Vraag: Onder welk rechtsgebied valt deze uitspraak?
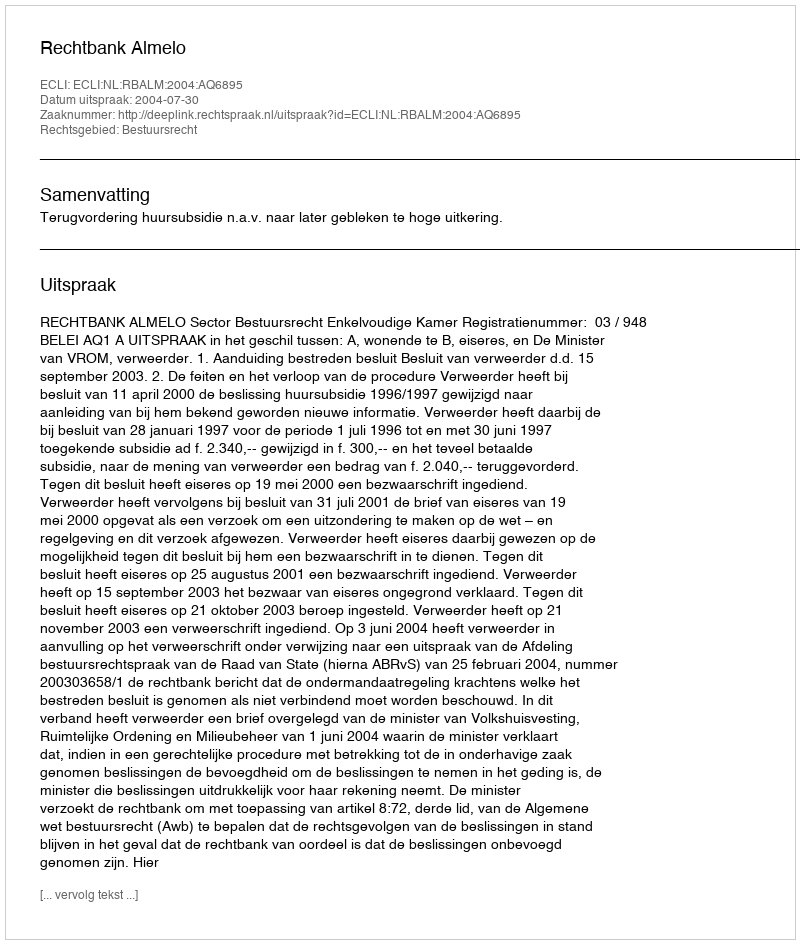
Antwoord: Bestuursrecht